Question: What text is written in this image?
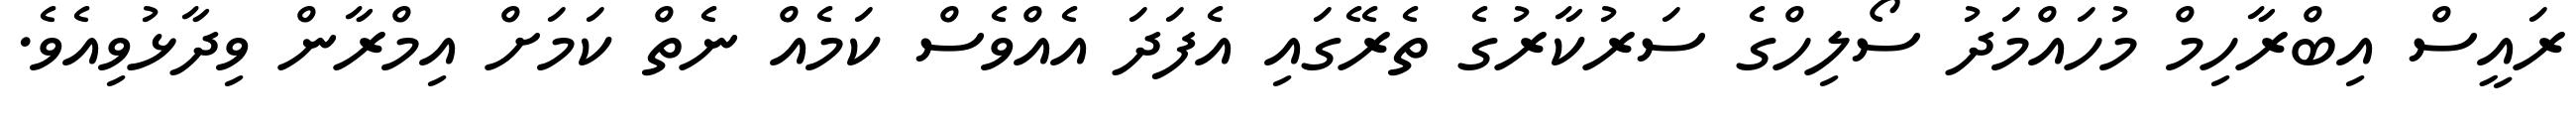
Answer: ރައީސް އިބްރާހިމް މުހައްމަދު ސޯލިހްގެ ސަރުކާރުގެ ތެރޭގައި އެފަދަ އެއްވެސް ކަމެއް ނެތް ކަމަށް އިމްރާން ވިދާޅުވިއެވެ.